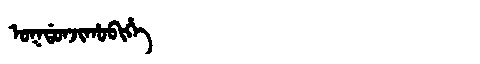
Manchu: ᠣᡴᡩᠣᠨᠵᡳᡥᠣᠪᡳᡥᡝ
Romanization: OKDONJIHOBIHE